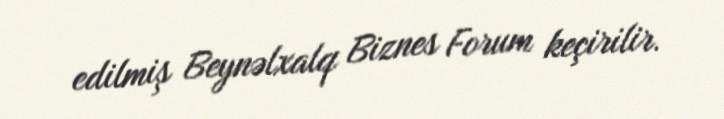
edilmiş Beynəlxalq Biznes Forum keçirilir.